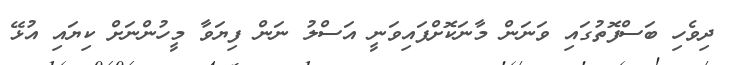
ދިވެހި ބަސްފޮތުގައި ވަނަން މާނަކޮށްފައިވަނީ އަސްލު ނަން ފިޔަވާ މީހުންނަށް ކިޔައި އުޅޭ